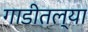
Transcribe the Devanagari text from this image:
गाडीतल्या